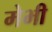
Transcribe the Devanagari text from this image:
मेभी